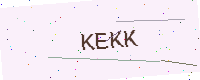
Text: KEKK